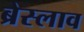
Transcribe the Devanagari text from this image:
ब्रेस्लाव